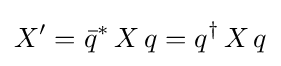
X'={\bar {q}}^{*}\,X\,q=q^{\dagger }\,X\,q